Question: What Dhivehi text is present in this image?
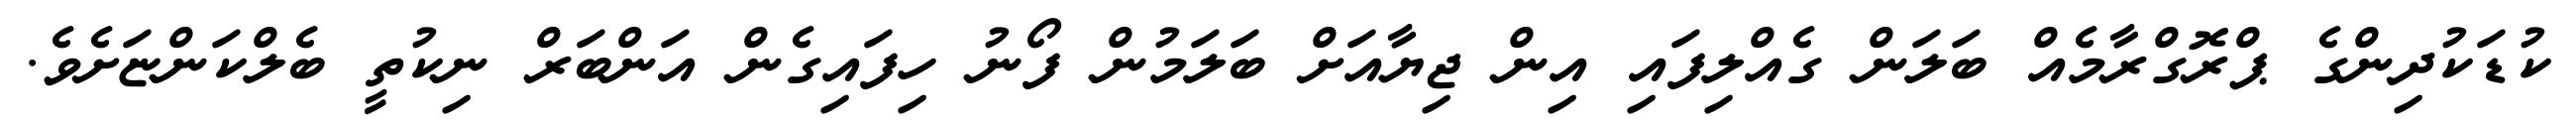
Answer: ކުޑަކުދިންގެ ޕްރޮގްރާމެއް ބަލަން ގެއްލިފައި އިން ޖިޔާއަށް ބަލަމުން ފޯނު ހިފައިގެން އަންބަރް ނިކުތީ ބެލްކަންޏަށެވެ.